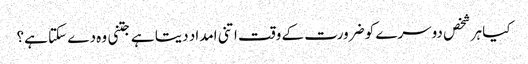
کیا ہر شخص دوسرے کو ضرورت کے وقت اتنی امداد دیتا ہے جتنی وہ دے سکتا ہے؟